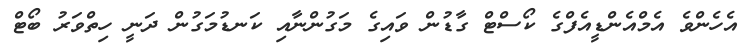
އެހެންވެ އެމްއެންޑީއެފްގެ ކޯސްޓް ގާޑުން ވައިގެ މަގުންނާއި ކަނޑުމަގުން ދަނީ ހިތްވަރު ބޯޓް